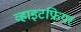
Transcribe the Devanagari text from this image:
व्हाइटफ्रियर